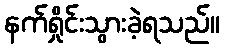
နက်ရှိုင်းသွားခဲ့ရသည်။